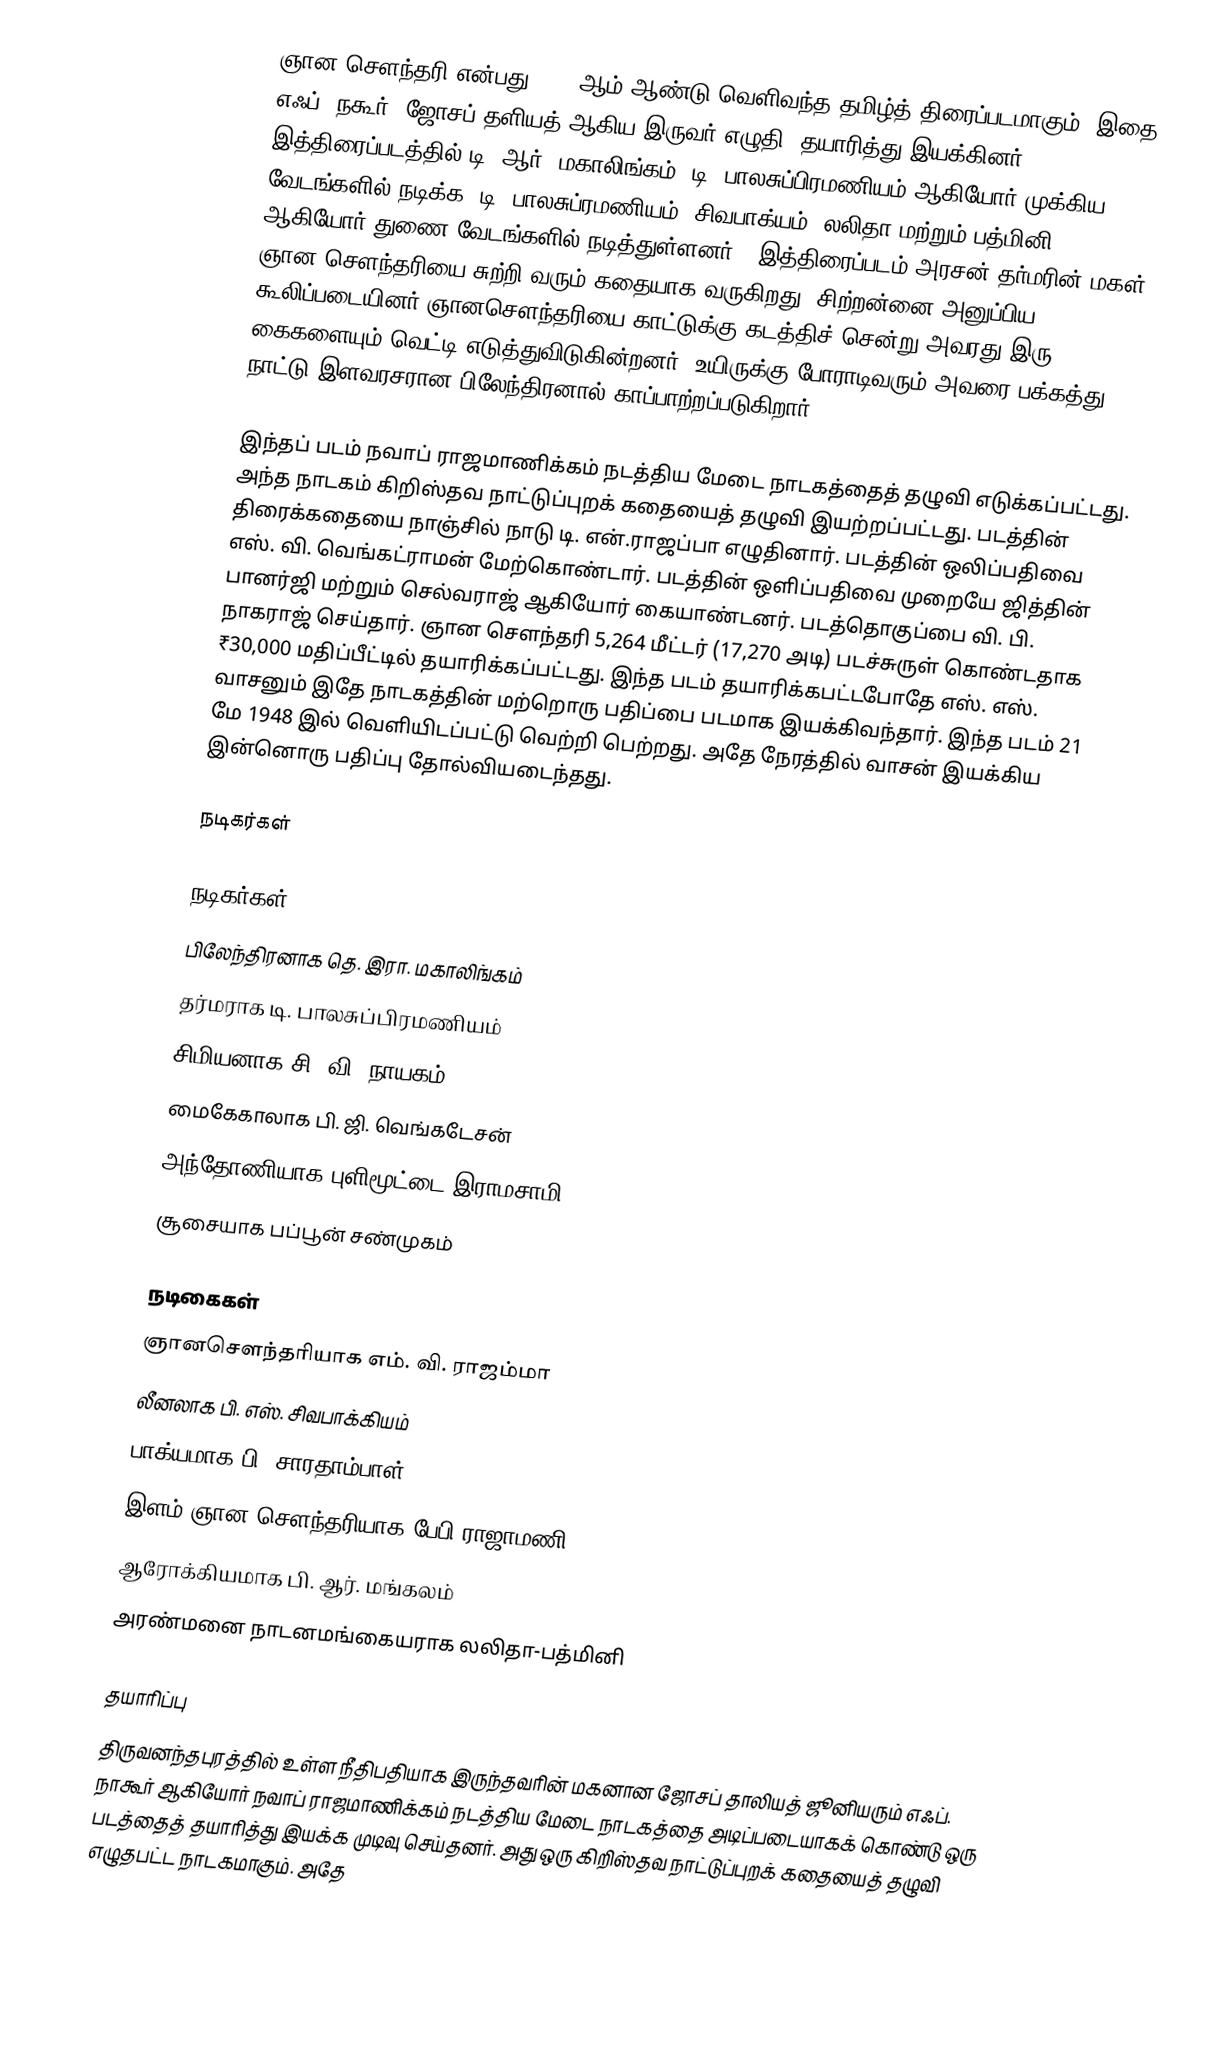
ஞான சௌந்தரி என்பது 1948 ஆம் ஆண்டு வெளிவந்த தமிழ்த் திரைப்படமாகும். இதை எஃப். நகூர், ஜோசப் தளியத் ஆகிய இருவர் எழுதி, தயாரித்து இயக்கினர். இத்திரைப்படத்தில் டி. ஆர். மகாலிங்கம், டி. பாலசுப்பிரமணியம் ஆகியோர் முக்கிய வேடங்களில் நடிக்க, டி. பாலசுப்ரமணியம், சிவபாக்யம், லலிதா மற்றும் பத்மினி  ஆகியோர் துணை வேடங்களில் நடித்துள்ளனர்.. இத்திரைப்படம் அரசன் தர்மரின் மகள் ஞான சௌந்தரியை சுற்றி வரும் கதையாக வருகிறது. சிற்றன்னை அனுப்பிய கூலிப்படையினர் ஞானசௌந்தரியை காட்டுக்கு கடத்திச் சென்று அவரது இரு கைகளையும் வெட்டி எடுத்துவிடுகின்றனர். உயிருக்கு போராடிவரும் அவரை பக்கத்து நாட்டு இளவரசரான பிலேந்திரனால் காப்பாற்றப்படுகிறார்.

இந்தப் படம் நவாப் ராஜமாணிக்கம் நடத்திய மேடை நாடகத்தைத் தழுவி எடுக்கப்பட்டது. அந்த நாடகம் கிறிஸ்தவ நாட்டுப்புறக் கதையைத் தழுவி இயற்றப்பட்டது. படத்தின் திரைக்கதையை நாஞ்சில் நாடு டி. என்.ராஜப்பா எழுதினார். படத்தின் ஒலிப்பதிவை எஸ். வி. வெங்கட்ராமன் மேற்கொண்டார். படத்தின் ஒளிப்பதிவை முறையே ஜித்தின் பானர்ஜி மற்றும் செல்வராஜ் ஆகியோர் கையாண்டனர். படத்தொகுப்பை வி. பி. நாகராஜ்  செய்தார். ஞான சௌந்தரி 5,264 மீட்டர் (17,270 அடி) படச்சுருள் கொண்டதாக ₹30,000 மதிப்பீட்டில் தயாரிக்கப்பட்டது. இந்த படம் தயாரிக்கபட்டபோதே எஸ். எஸ். வாசனும் இதே நாடகத்தின் மற்றொரு பதிப்பை படமாக இயக்கிவந்தார். இந்த படம் 21 மே 1948 இல் வெளியிடப்பட்டு வெற்றி பெற்றது. அதே நேரத்தில் வாசன் இயக்கிய இன்னொரு பதிப்பு தோல்வியடைந்தது.

நடிகர்கள்

நடிகர்கள்
 பிலேந்திரனாக தெ. இரா. மகாலிங்கம்
 தர்மராக டி. பாலசுப்பிரமணியம்
 சிமியனாக சி. வி. நாயகம்
 மைகேகாலாக பி. ஜி. வெங்கடேசன்
 அந்தோணியாக புளிமூட்டை இராமசாமி
 சூசையாக பப்பூன் சண்முகம்

நடிகைகள்
 ஞானசௌந்தரியாக எம். வி. ராஜம்மா
 லீனலாக பி. எஸ். சிவபாக்கியம்
 பாக்யமாக பி. சாரதாம்பாள்
 இளம் ஞான சௌந்தரியாக பேபி ராஜாமணி
 ஆரோக்கியமாக பி. ஆர். மங்கலம்
 அரண்மனை நாடனமங்கையராக லலிதா-பத்மினி

தயாரிப்பு
திருவனந்தபுரத்தில் உள்ள நீதிபதியாக இருந்தவரின் மகனான ஜோசப் தாலியத் ஜூனியரும்  எஃப். நாகூர் ஆகியோர் நவாப் ராஜமாணிக்கம் நடத்திய மேடை நாடகத்தை அடிப்படையாகக் கொண்டு ஒரு படத்தைத் தயாரித்து இயக்க முடிவு செய்தனர். அது ஒரு கிறிஸ்தவ நாட்டுப்புறக் கதையைத் தழுவி எழுதபட்ட நாடகமாகும். அதே